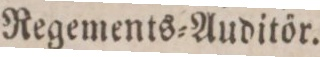
Regements=Auditör.